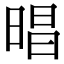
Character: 晿